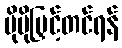
ပိုမိုမြှင့်တင်ရန်